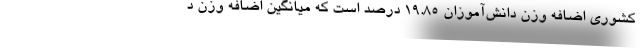
کشوری اضافه وزن دانش‌آموزان ۱۹.۸۵ درصد است که میانگین اضافه وزن د